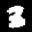
Label: 3